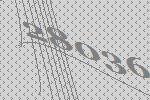
28036